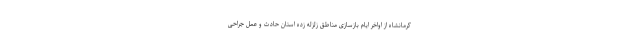
کرمانشاه از اواخر ایام بازسازی مناطق زلزله زده استان حادث و عمل جراحی